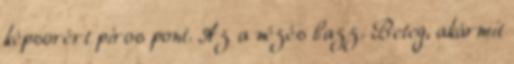
képsorért piros pont. Az a nézés bazz. Beteg, akármit